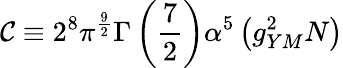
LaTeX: \mathcal{C}\equiv2^{8}\pi^{\frac{{9}}{{2}}}\Gamma\left({\frac{{7}}{{2}}}\right)\alpha^{5}\left(g_{YM}^{2}N\right)